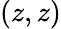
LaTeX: (z,z)